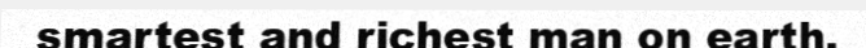
smartest and richest man on earth.